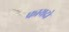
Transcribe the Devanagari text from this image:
फायदो